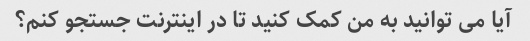
آیا می توانید به من کمک کنید تا در اینترنت جستجو کنم؟